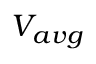
V _ { a v g }